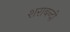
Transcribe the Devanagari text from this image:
शराबन्दी